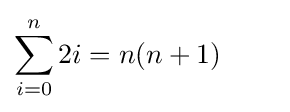
\sum _{i=0}^{n}2i=n(n+1)\qquad